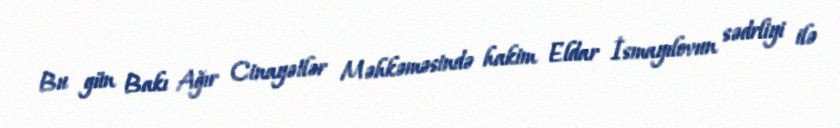
Bu gün Bakı Ağır Cinayətlər Məhkəməsində hakim Eldar İsmayılovun sədrliyi ilə